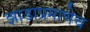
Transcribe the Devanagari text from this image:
झाडाप्रमाणेच